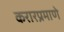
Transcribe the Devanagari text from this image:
करारप्रमाणे